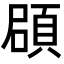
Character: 𩒫